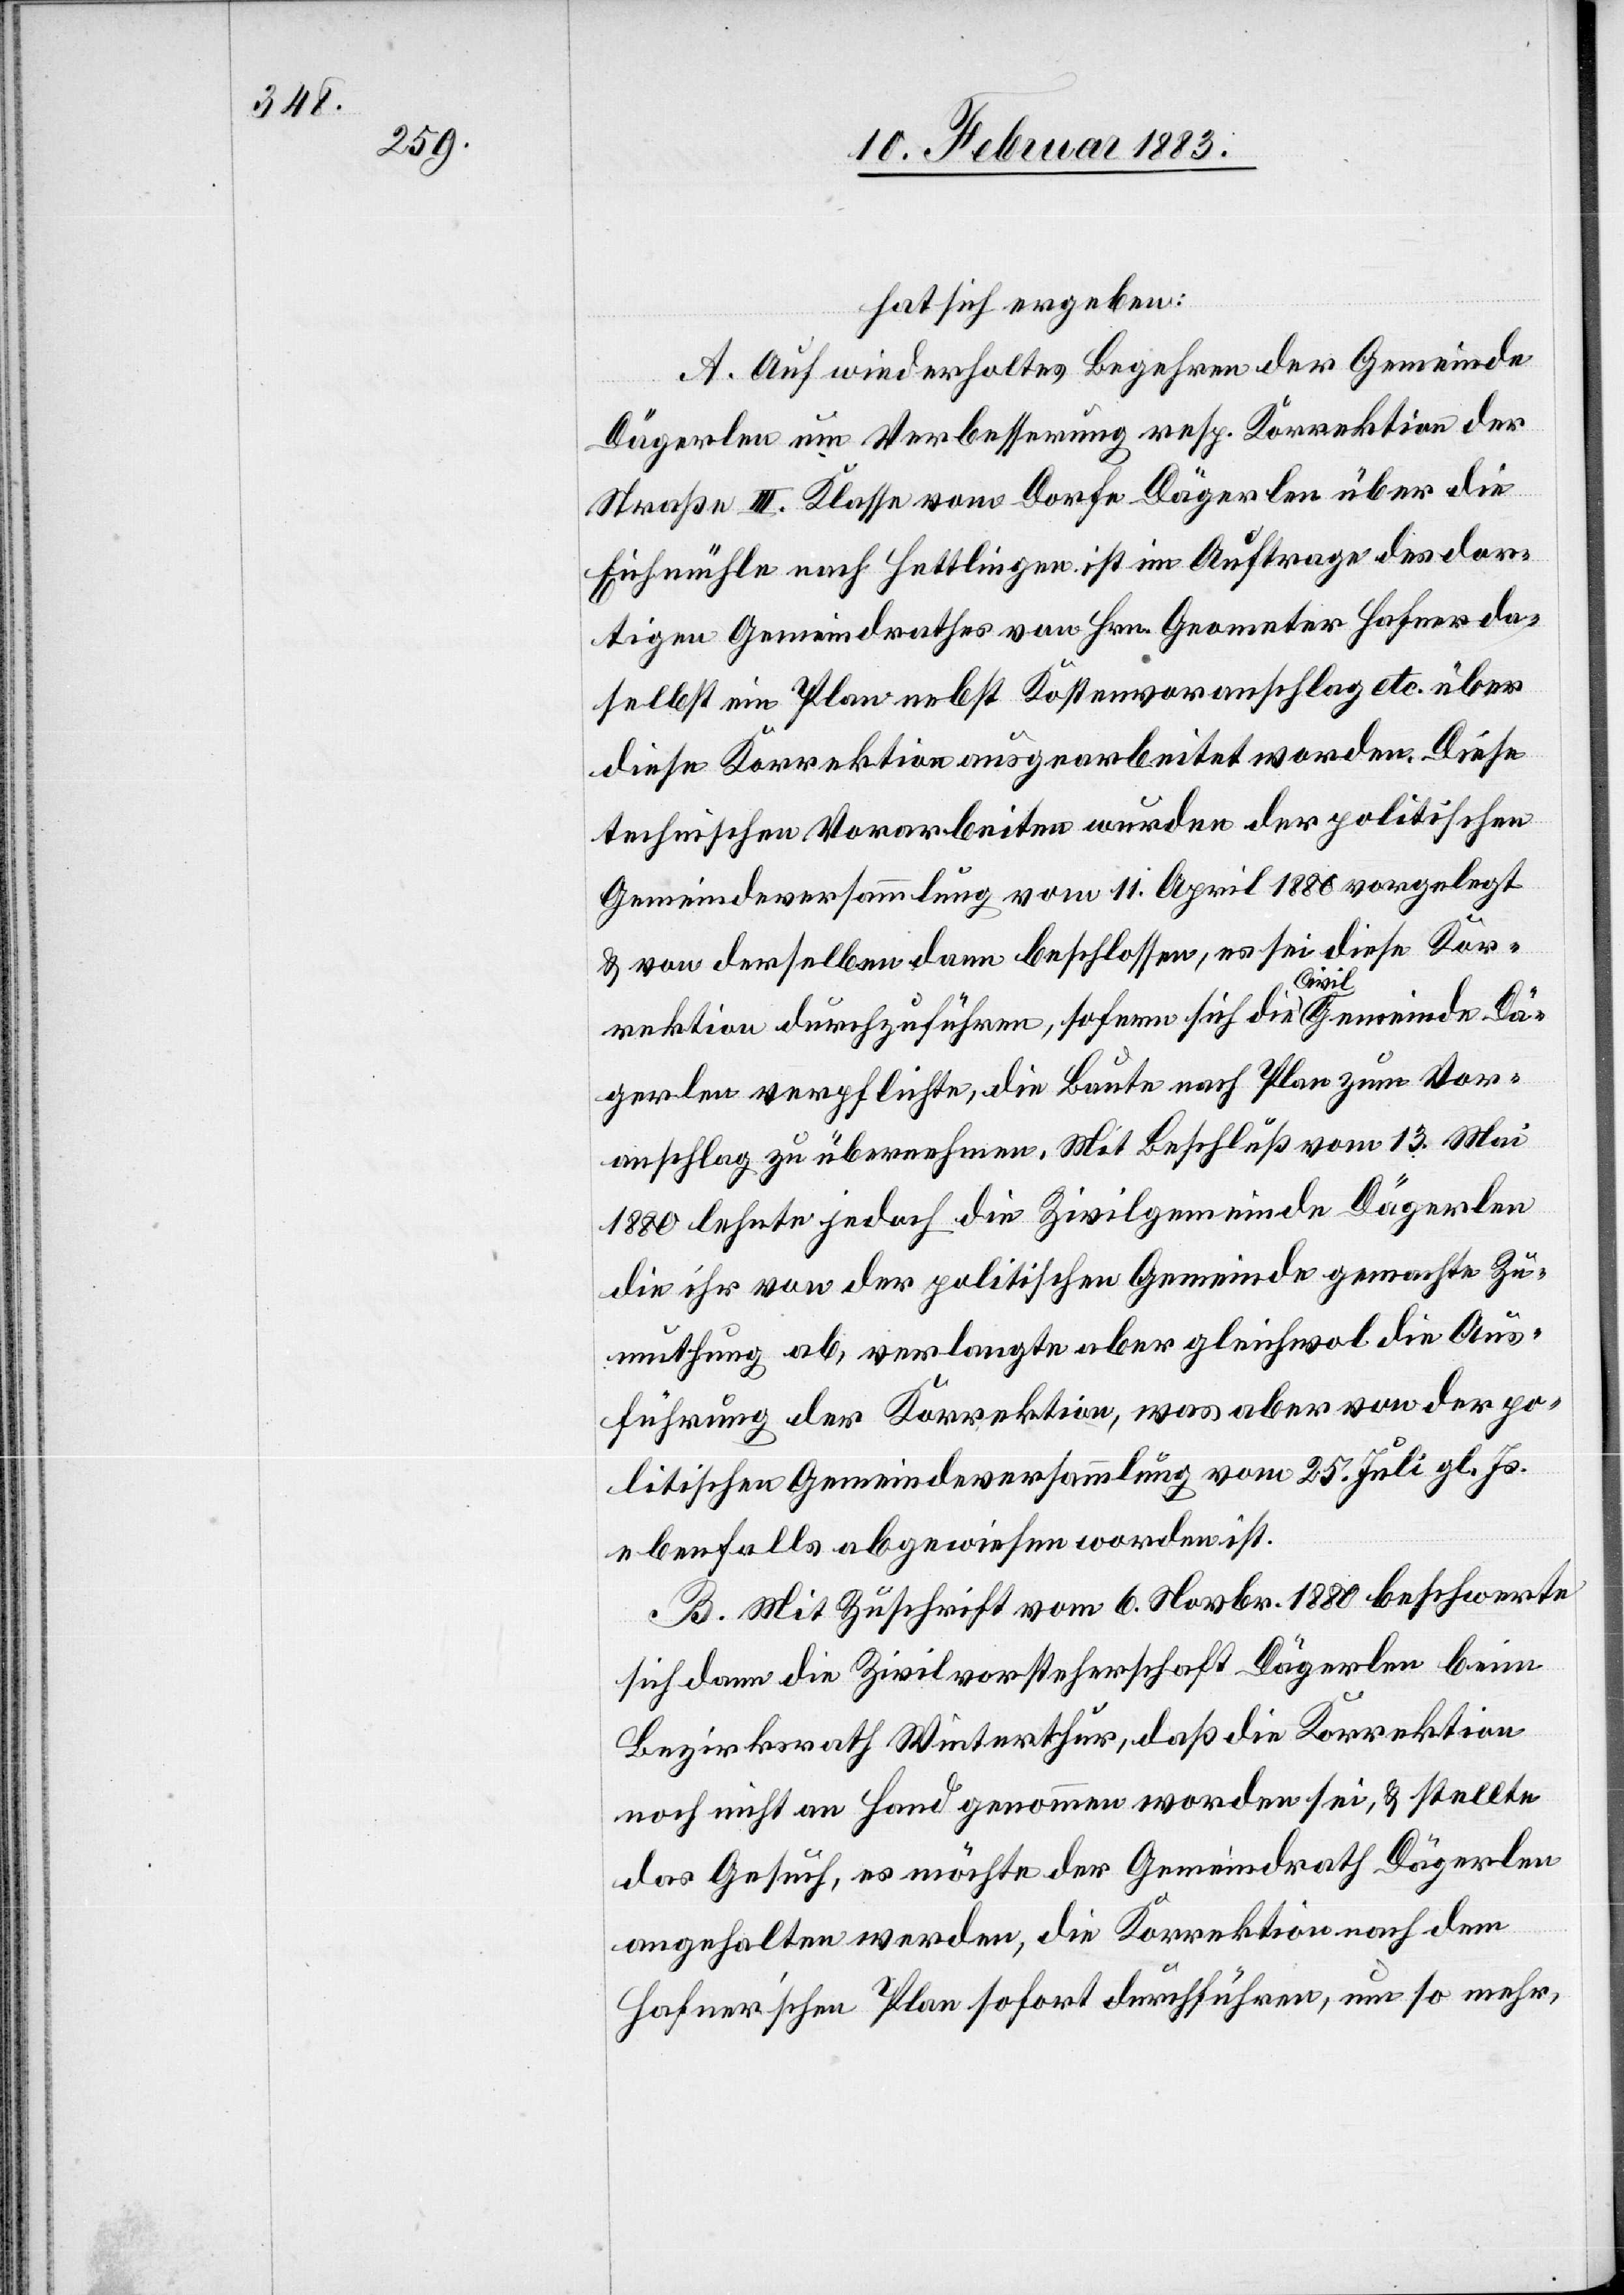
hat sich ergeben:
A. Auf wiederholtes Begehren der Gemeinde
Dägerlen um Verbesserung resp. Korrektion der
Straße IIl. Klasse vom Dorfe Dägerlen über die
Eichmühle nach Hettlingen ist im Auftrage des dor¬
tigen Gemeindrathes vom Hrn. Geometer Hafner da¬
selbst ein Plan nebst Kostenvoranschlag etc. über
diese Korrektion ausgearbeitet worden. Diese
technischen Vorarbeiten wurden der politischen
Gemeindeversammlung vom 11. April 1880 vorgelegt
& von derselben dann beschlossen, es sei diese Kor¬
rektion durchzuführen, sofern sich die Civilgemeinde Dä¬
gerlen verpflichte, die Baute nach Plan zum Vor¬
anschlag zu übernehmen. Mit Beschluß vom 13. Mai
1880 lehnte jedoch die Zivilgemeinde Dägerlen
die ihr von der politischen Gemeinde gemachte Zu¬
muthung ab, verlangte aber gleichwol die Aus¬
führung der Korrektion, was aber von der po¬
litischen Gemeindeversammlung vom 25. Juli gl. Js.
ebenfalls abgewiesen worden ist.
B. Mit Zuschrift vom 6. Novbr. 1880 beschwerte
sich dann die Zivilvorsteherschaft Dägerlen beim
Bezirksrath Winterthur, daß die Korrektion
noch nicht an Hand genommen worden sei, & stellte
das Gesuch, es möchte der Gemeindrath Dägerlen
angehalten werden, die Korrektion nach dem
Hafnerʼschen Plane sofort durchzuführen, um so mehr,